Source: Handwritten
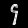
Digit: ၄ (4)